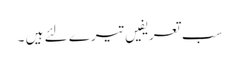
سب تعریفیں تیرے لئے ہیں ۔